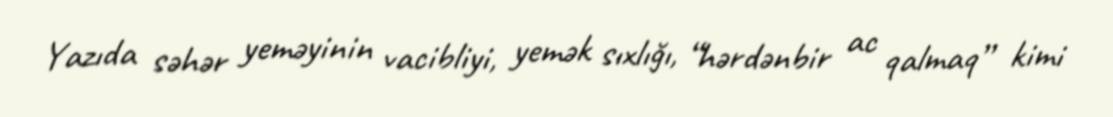
Yazıda səhər yeməyinin vacibliyi, yemək sıxlığı, “hərdənbir ac qalmaq” kimi